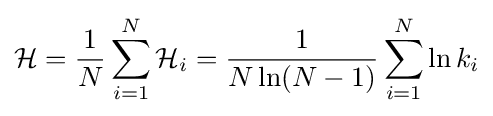
{\mathcal {H}}={\frac {1}{N}}\sum _{i=1}^{N}{\mathcal {H}}_{i}={\frac {1}{N\ln(N-1)}}\sum _{i=1}^{N}\ln {k_{i}}